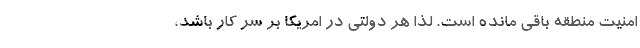
امنیت منطقه باقی مانده است. لذا هر دولتی در امریکا بر سر کار باشد،